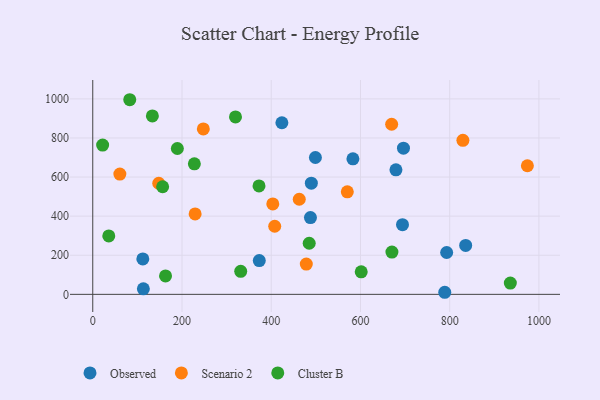
{"axis": {"x": "Experience", "y": "Demand"}, "legend": ["Cluster B", "Observed", "Scenario 2"], "data": [{"x": "583.1", "y": 693.1, "type": "Observed"}, {"x": "113.4", "y": 28.2, "type": "Observed"}, {"x": "487.9", "y": 392.5, "type": "Observed"}, {"x": "793.2", "y": 214.0, "type": "Observed"}, {"x": "499.0", "y": 700.0, "type": "Observed"}, {"x": "373.2", "y": 172.7, "type": "Observed"}, {"x": "694.2", "y": 356.4, "type": "Observed"}, {"x": "788.9", "y": 10.6, "type": "Observed"}, {"x": "679.5", "y": 637.1, "type": "Observed"}, {"x": "835.8", "y": 250.3, "type": "Observed"}, {"x": "696.4", "y": 747.5, "type": "Observed"}, {"x": "112.2", "y": 181.0, "type": "Observed"}, {"x": "423.9", "y": 877.7, "type": "Observed"}, {"x": "489.9", "y": 568.6, "type": "Observed"}, {"x": "407.8", "y": 348.4, "type": "Scenario 2"}, {"x": "229.4", "y": 411.5, "type": "Scenario 2"}, {"x": "462.8", "y": 486.5, "type": "Scenario 2"}, {"x": "570.5", "y": 524.3, "type": "Scenario 2"}, {"x": "478.6", "y": 154.8, "type": "Scenario 2"}, {"x": "60.7", "y": 615.5, "type": "Scenario 2"}, {"x": "669.9", "y": 870.1, "type": "Scenario 2"}, {"x": "829.6", "y": 787.8, "type": "Scenario 2"}, {"x": "974.1", "y": 657.9, "type": "Scenario 2"}, {"x": "147.9", "y": 568.3, "type": "Scenario 2"}, {"x": "247.8", "y": 846.2, "type": "Scenario 2"}, {"x": "403.5", "y": 462.8, "type": "Scenario 2"}, {"x": "163.1", "y": 94.2, "type": "Cluster B"}, {"x": "227.7", "y": 667.6, "type": "Cluster B"}, {"x": "601.7", "y": 115.2, "type": "Cluster B"}, {"x": "935.9", "y": 57.6, "type": "Cluster B"}, {"x": "189.6", "y": 746.0, "type": "Cluster B"}, {"x": "35.9", "y": 299.0, "type": "Cluster B"}, {"x": "485.1", "y": 261.3, "type": "Cluster B"}, {"x": "670.5", "y": 216.1, "type": "Cluster B"}, {"x": "319.9", "y": 907.5, "type": "Cluster B"}, {"x": "331.6", "y": 117.6, "type": "Cluster B"}, {"x": "22.1", "y": 763.5, "type": "Cluster B"}, {"x": "133.6", "y": 912.8, "type": "Cluster B"}, {"x": "156.6", "y": 550.3, "type": "Cluster B"}, {"x": "82.9", "y": 995.6, "type": "Cluster B"}, {"x": "372.6", "y": 554.7, "type": "Cluster B"}]}